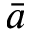
\bar { a }